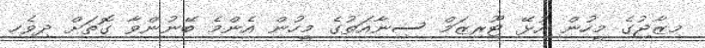
މިޒާޖުގެ މީހުން އުޅޭ ޓޫރިޒަމް ސިނާއަތުގެ މީހުން އެންމެ ބޭނުންވާ ގޮތަށް ދިވެހި